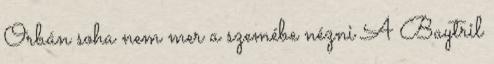
Orbán soha nem mer a szemébe nézni A Baytril